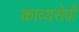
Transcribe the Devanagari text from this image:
काव्यसेवी